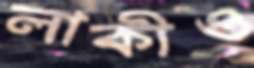
লাকীও